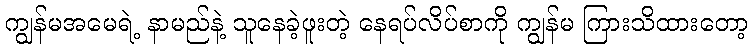
ကျွန်မအမေရဲ့ နာမည်နဲ့ သူနေခဲ့ဖူးတဲ့ နေရပ်လိပ်စာကို ကျွန်မ ကြားသိထားတော့